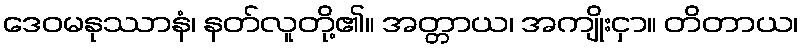
ဒေဝမနုဿာနံ၊ နတ်လူတို့၏။ အတ္တာယ၊ အကျိုးငှာ။ တိတာယ၊